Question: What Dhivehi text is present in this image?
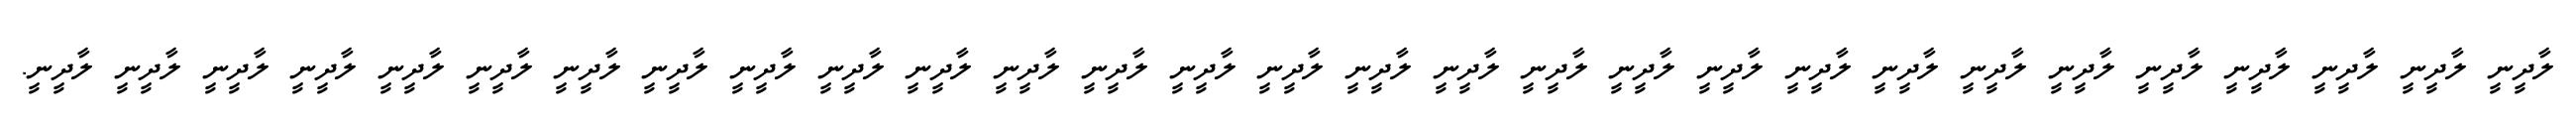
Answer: ލާދީނީ ލާދީނީ ލާދީނީ ލާދީނީ ލާދީނީ ލާދީނީ ލާދީނީ ލާދީނީ ލާދީނީ ލާދީނީ ލާދީނީ ލާދީނީ ލާދީނީ ލާދީނީ ލާދީނީ ލާދީނީ ލާދީނީ ލާދީނީ ލާދީނީ ލާދީނީ ލާދީނީ ލާދީނީ ލާދީނީ ލާދީނީ ލާދީނީ ލާދީނީ ލާދީނީ ލާދީނީ ލާދީނީ.